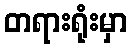
တရားရုံးမှာ